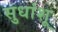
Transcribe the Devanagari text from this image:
सुधांशू